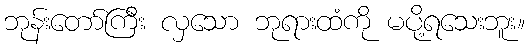
ဘုန်းတော်ကြီး လှသော ဘုရားထံကို မပို့ရသေးဘူး။